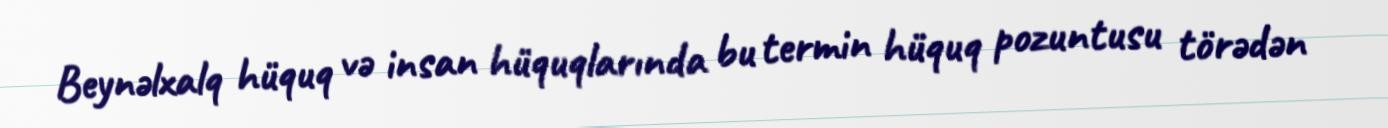
Beynəlxalq hüquq və insan hüquqlarında bu termin hüquq pozuntusu törədən